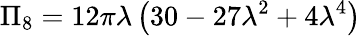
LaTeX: \Pi_{8}=12\pi\lambda\left(30-27\lambda^{2}+4\lambda^{4}\right)